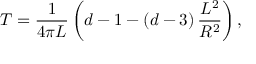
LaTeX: T = \frac { 1 } { 4 \pi L } \left( d - 1 - \left( d - 3 \right) \frac { L ^ { 2 } } { R ^ { 2 } } \right) ,